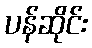
ပန်ဆိုင်း